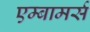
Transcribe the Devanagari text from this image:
एम्बामर्स